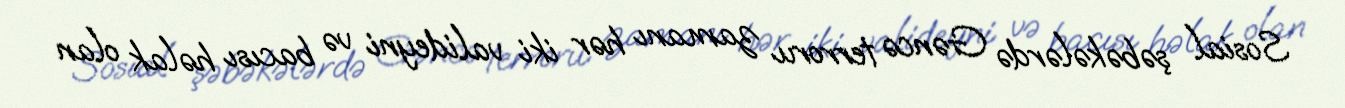
Sosial şəbəkələrdə Gəncə terroru zamanı hər iki valideyni və bacısı həlak olan